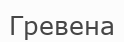
Гревена